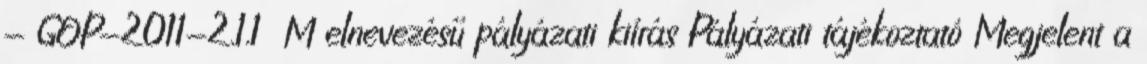
- GOP-2011-2.1.1 M elnevezésű pályázati kiírás Pályázati tájékoztató Megjelent a